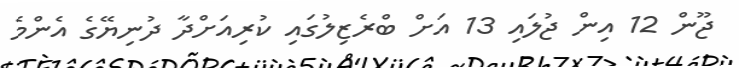
ޖޫން 12 އިން ޖުލައި 13 އަށް ބްރެޒިލުގައި ކުރިއަށްދާ ދުނިޔޭގެ އެންމެ